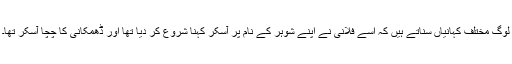
لوگ مختلف کہانیاں سناتے ہیں کہ اسے فلانی نے اپنے شوہر کے نام پر آسکر کہنا شروع کر دیا تھا اور ڈھمکانی کا چچا آسکر تھا۔